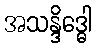
အသန္ဒိဒ္ဓေါ